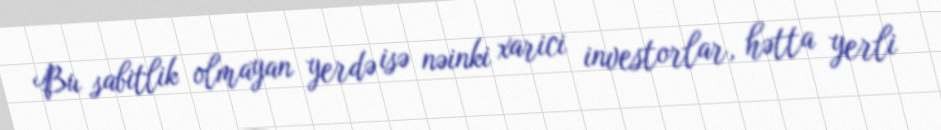
Bu sabitlik olmayan yerdə isə nəinki xarici investorlar, hətta yerli